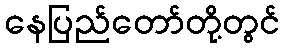
နေပြည်တော်တို့တွင်